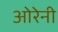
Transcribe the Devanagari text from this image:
ओरेनी